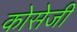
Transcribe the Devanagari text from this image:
कोसेजी